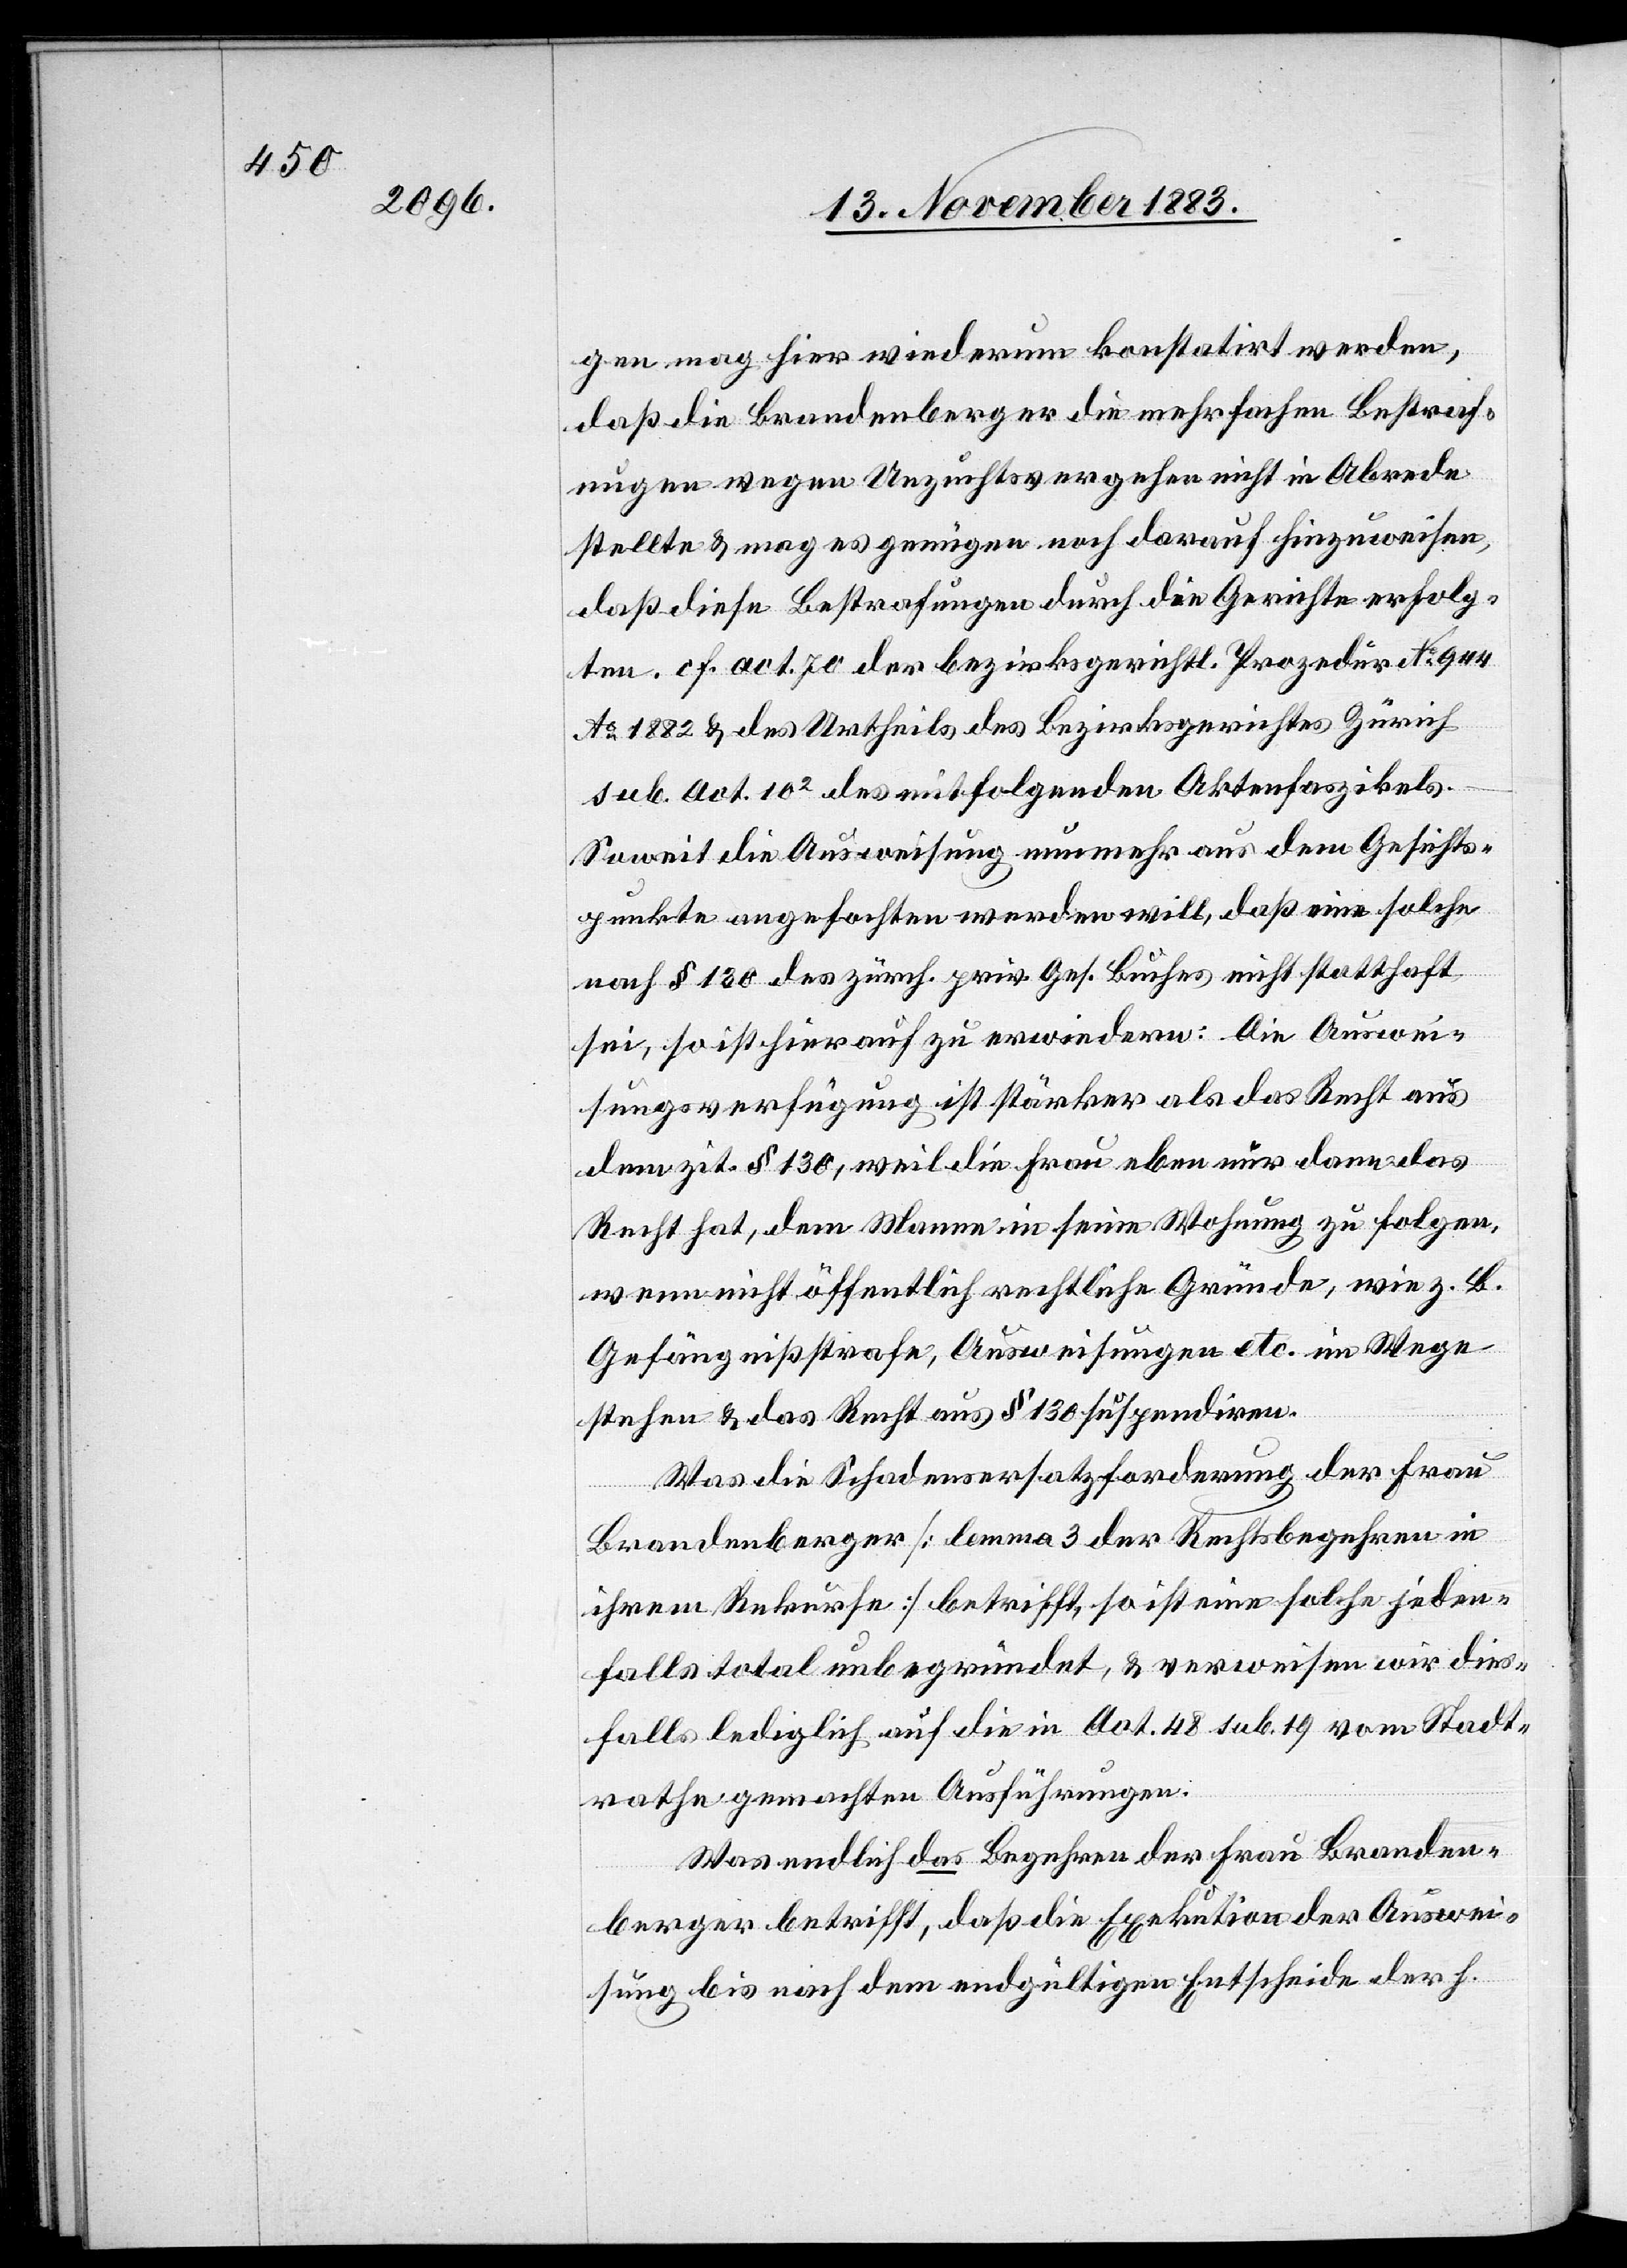
gen mag hier wiederum konstatirt werden,
daß die Brandenberger die mehrfachen Bestraf¬
ungen wegen Unzuchtsvergehen nicht in Abrede
stellte & mag es genügen noch darauf hinzuweisen,
daß diese Bestrafungen durch die Gerichte erfolg¬
ten. cf. act. 70 der bezirksgerichtl. Prozedur No 944
Ao1882 & des Urtheils des Bezirksgerichtes Zürich
sub. Act. 102 des mitfolgenden Aktenfaszikels.
Soweit die Ausweisung nunmehr aus dem Gesichts¬
punkte angefochten werden will, daß eine solche
nach § 130 des Zürich. prov. Ges. Buches nicht statthaft
sei, so ist hierauf zu erwiedern: Die Auswei¬
sungsverfügung ist stärker als das Recht aus
dem zit. § 130, weil die Frau eben nur dann das
Recht hat, dem Manne in seine Wohnung zu folgen,
wenn nicht öffentlich rechtliche Gründe, wie z. B.
Gefängnißstrafe, Ausweisung etc. im Wege
stehen & das Recht aus § 130 suspendiren.
Was die Schadensersatzforderung der Frau
Brandenberger [lemma 3 der Rechtsbegehren in
ihrem Rekurse] betrifft, so ist eine solche jeden¬
falls total unbegründet, & verweisen wir dies¬
falls lediglich auf die in Act. 48 sub. 19 vom Stadt¬
rathe gemachten Ausführungen.
Was endlich das Begehren der Frau Branden¬
berger betrifft, daß die Exekution bis nach